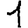
Digit: 1